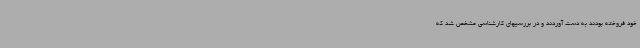
خود فروخته بودند به دست آوردند و در بررسیهای کارشناسی مشخص شد که